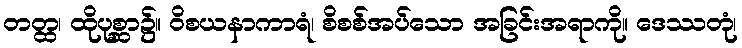
တတ္ထ၊ ထိုပုစ္ဆာ၌။ ဝိစယနာကာရံ၊ စိစစ်အပ်သော အခြင်းအရာကို။ ဒေဿတုံ၊